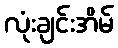
လုံးချင်းအိမ်